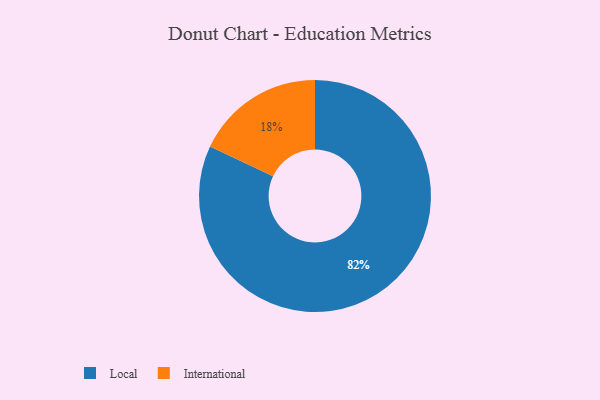
{"axis": {"x": "Category", "y": "Percentage"}, "legend": ["International", "Local"], "data": [{"x": "Local", "y": 82, "type": "Local"}, {"x": "International", "y": 18, "type": "International"}]}